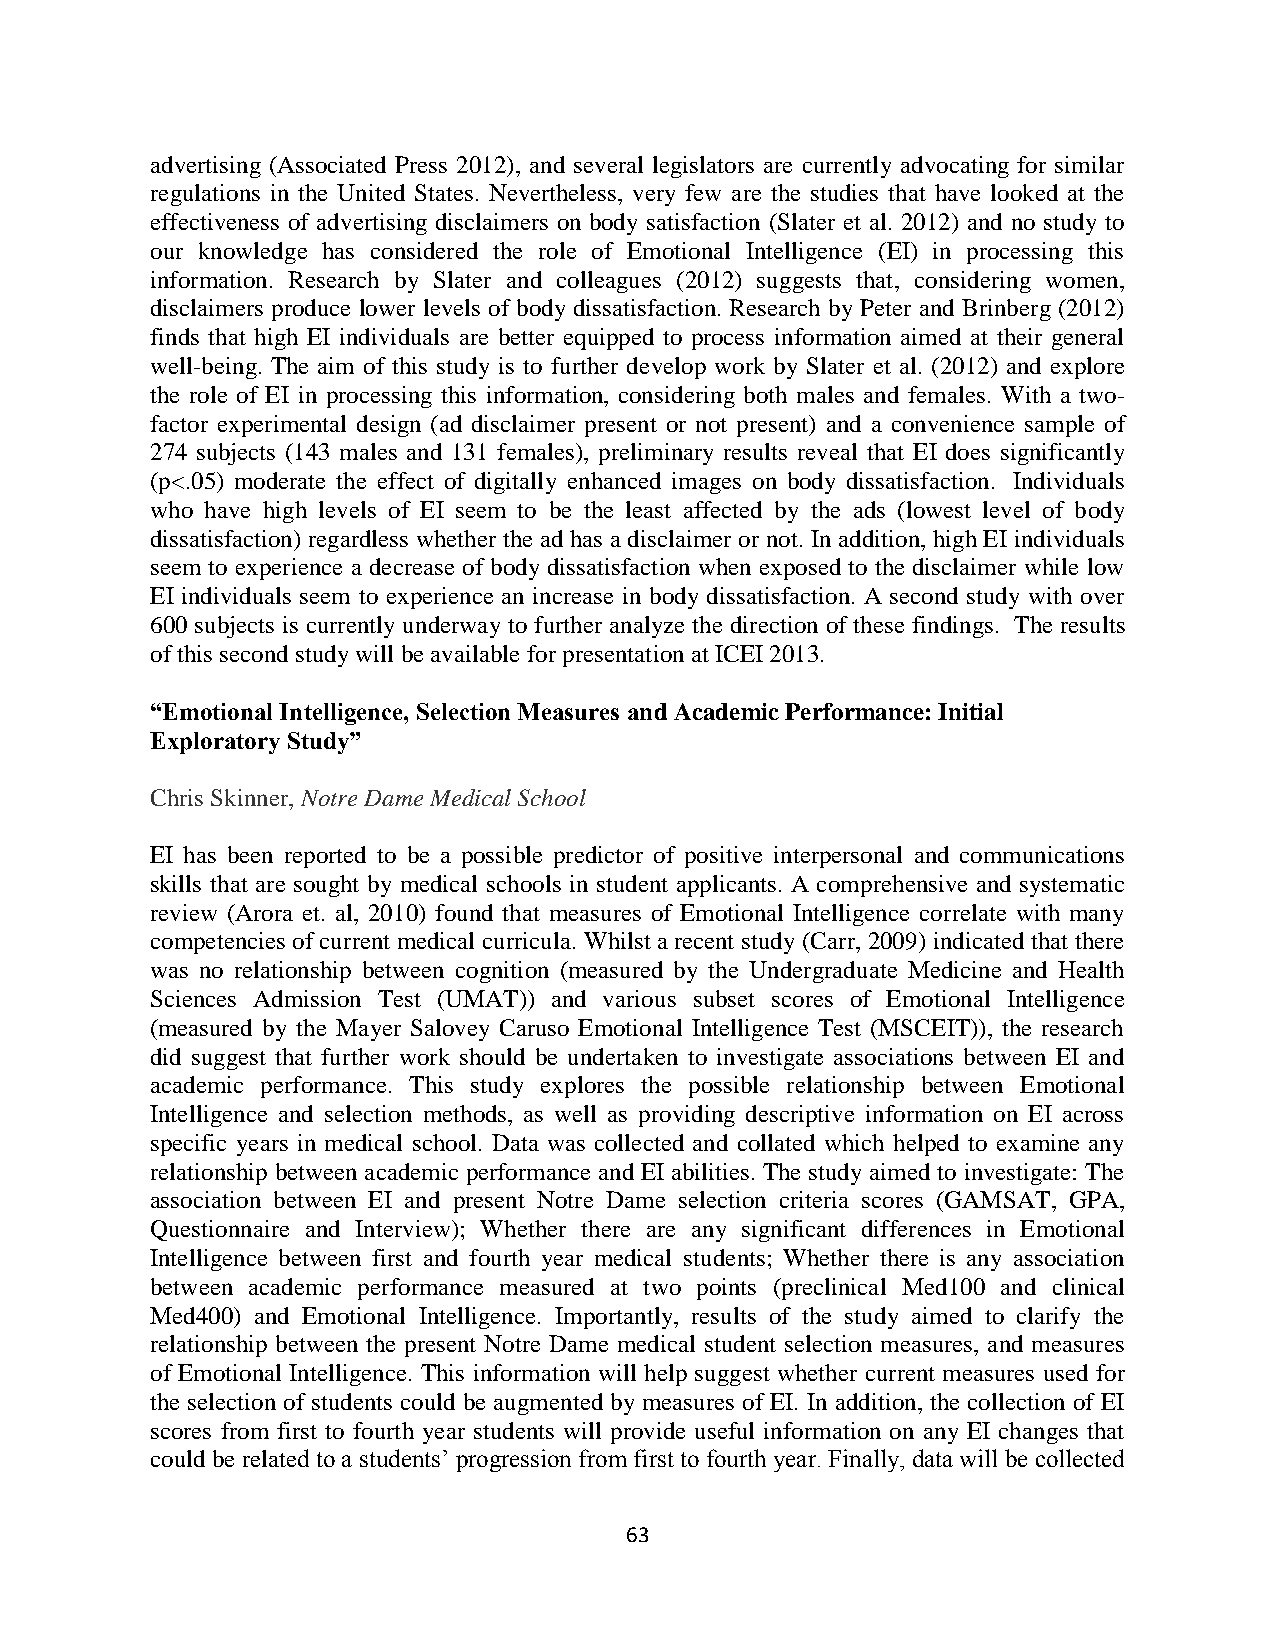
advertising (Associated Press 2012), and several legislators are currently advocating for similar
 regulations in the United States. Nevertheless, very few are the studies that have looked at the
 effectiveness of advertising disclaimers on body satisfaction (Slater et al. 2012) and no study to
 our knowledge has considered the role of Emotional Intelligence (EI) in processing this
 information. Research by Slater and colleagues (2012) suggests that, considering women,
 disclaimers produce lower levels of body dissatisfaction. Research by Peter and Brinberg (2012)
 finds that high EI individuals are better equipped to process information aimed at their general
 well-being. The aim of this study is to further develop work by Slater et al. (2012) and explore
 the role of EI in processing this information, considering both males and females. With a two-
 factor experimental design (ad disclaimer present or not present) and a convenience sample of
 274 subjects (143 males and 131 females), preliminary results reveal that EI does significantly
 (p<.05) moderate the effect of digitally enhanced images on body dissatisfaction. Individuals
 who have high levels of EI seem to be the least affected by the ads (lowest level of body
 dissatisfaction) regardless whether the ad has a disclaimer or not. In addition, high EI individuals
 seem to experience a decrease of body dissatisfaction when exposed to the disclaimer while low
 EI individuals seem to experience an increase in body dissatisfaction. A second study with over
 600 subjects is currently underway to further analyze the direction of these findings. The results
 of this second study will be available for presentation at ICEI 2013.
 “Emotional Intelligence, Selection Measures and Academic Performance: Initial
 Exploratory Study”
 Chris Skinner, Notre Dame Medical School
 EI has been reported to be a possible predictor of positive interpersonal and communications
 skills that are sought by medical schools in student applicants. A comprehensive and systematic
 review (Arora et. al, 2010) found that measures of Emotional Intelligence correlate with many
 competencies of current medical curricula. Whilst a recent study (Carr, 2009) indicated that there
 was no relationship between cognition (measured by the Undergraduate Medicine and Health
 Sciences Admission Test (UMAT)) and various subset scores of Emotional Intelligence
 (measured by the Mayer Salovey Caruso Emotional Intelligence Test (MSCEIT)), the research
 did suggest that further work should be undertaken to investigate associations between EI and
 academic performance. This study explores the possible relationship between Emotional
 Intelligence and selection methods, as well as providing descriptive information on EI across
 specific years in medical school. Data was collected and collated which helped to examine any
 relationship between academic performance and EI abilities. The study aimed to investigate: The
 association between EI and present Notre Dame selection criteria scores (GAMSAT, GPA,
 Questionnaire and Interview); Whether there are any significant differences in Emotional
 Intelligence between first and fourth year medical students; Whether there is any association
 between academic performance measured at two points (preclinical Med100 and clinical
 Med400) and Emotional Intelligence. Importantly, results of the study aimed to clarify the
 relationship between the present Notre Dame medical student selection measures, and measures
 of Emotional Intelligence. This information will help suggest whether current measures used for
 the selection of students could be augmented by measures of EI. In addition, the collection of EI
 scores from first to fourth year students will provide useful information on any EI changes that
 could be related to a students’ progression from first to fourth year. Finally, data will be collected
 63